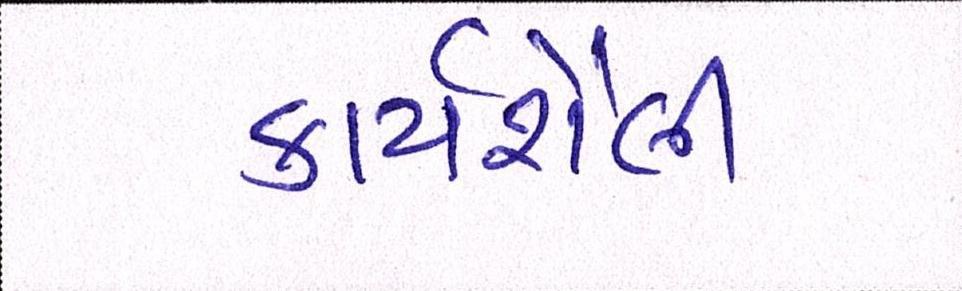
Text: કાર્યશૈલી